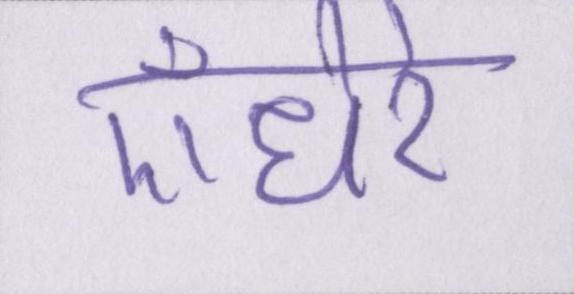
ऍंधेरे